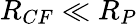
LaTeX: R_{CF}\ll R_{P}